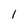
Character: 1